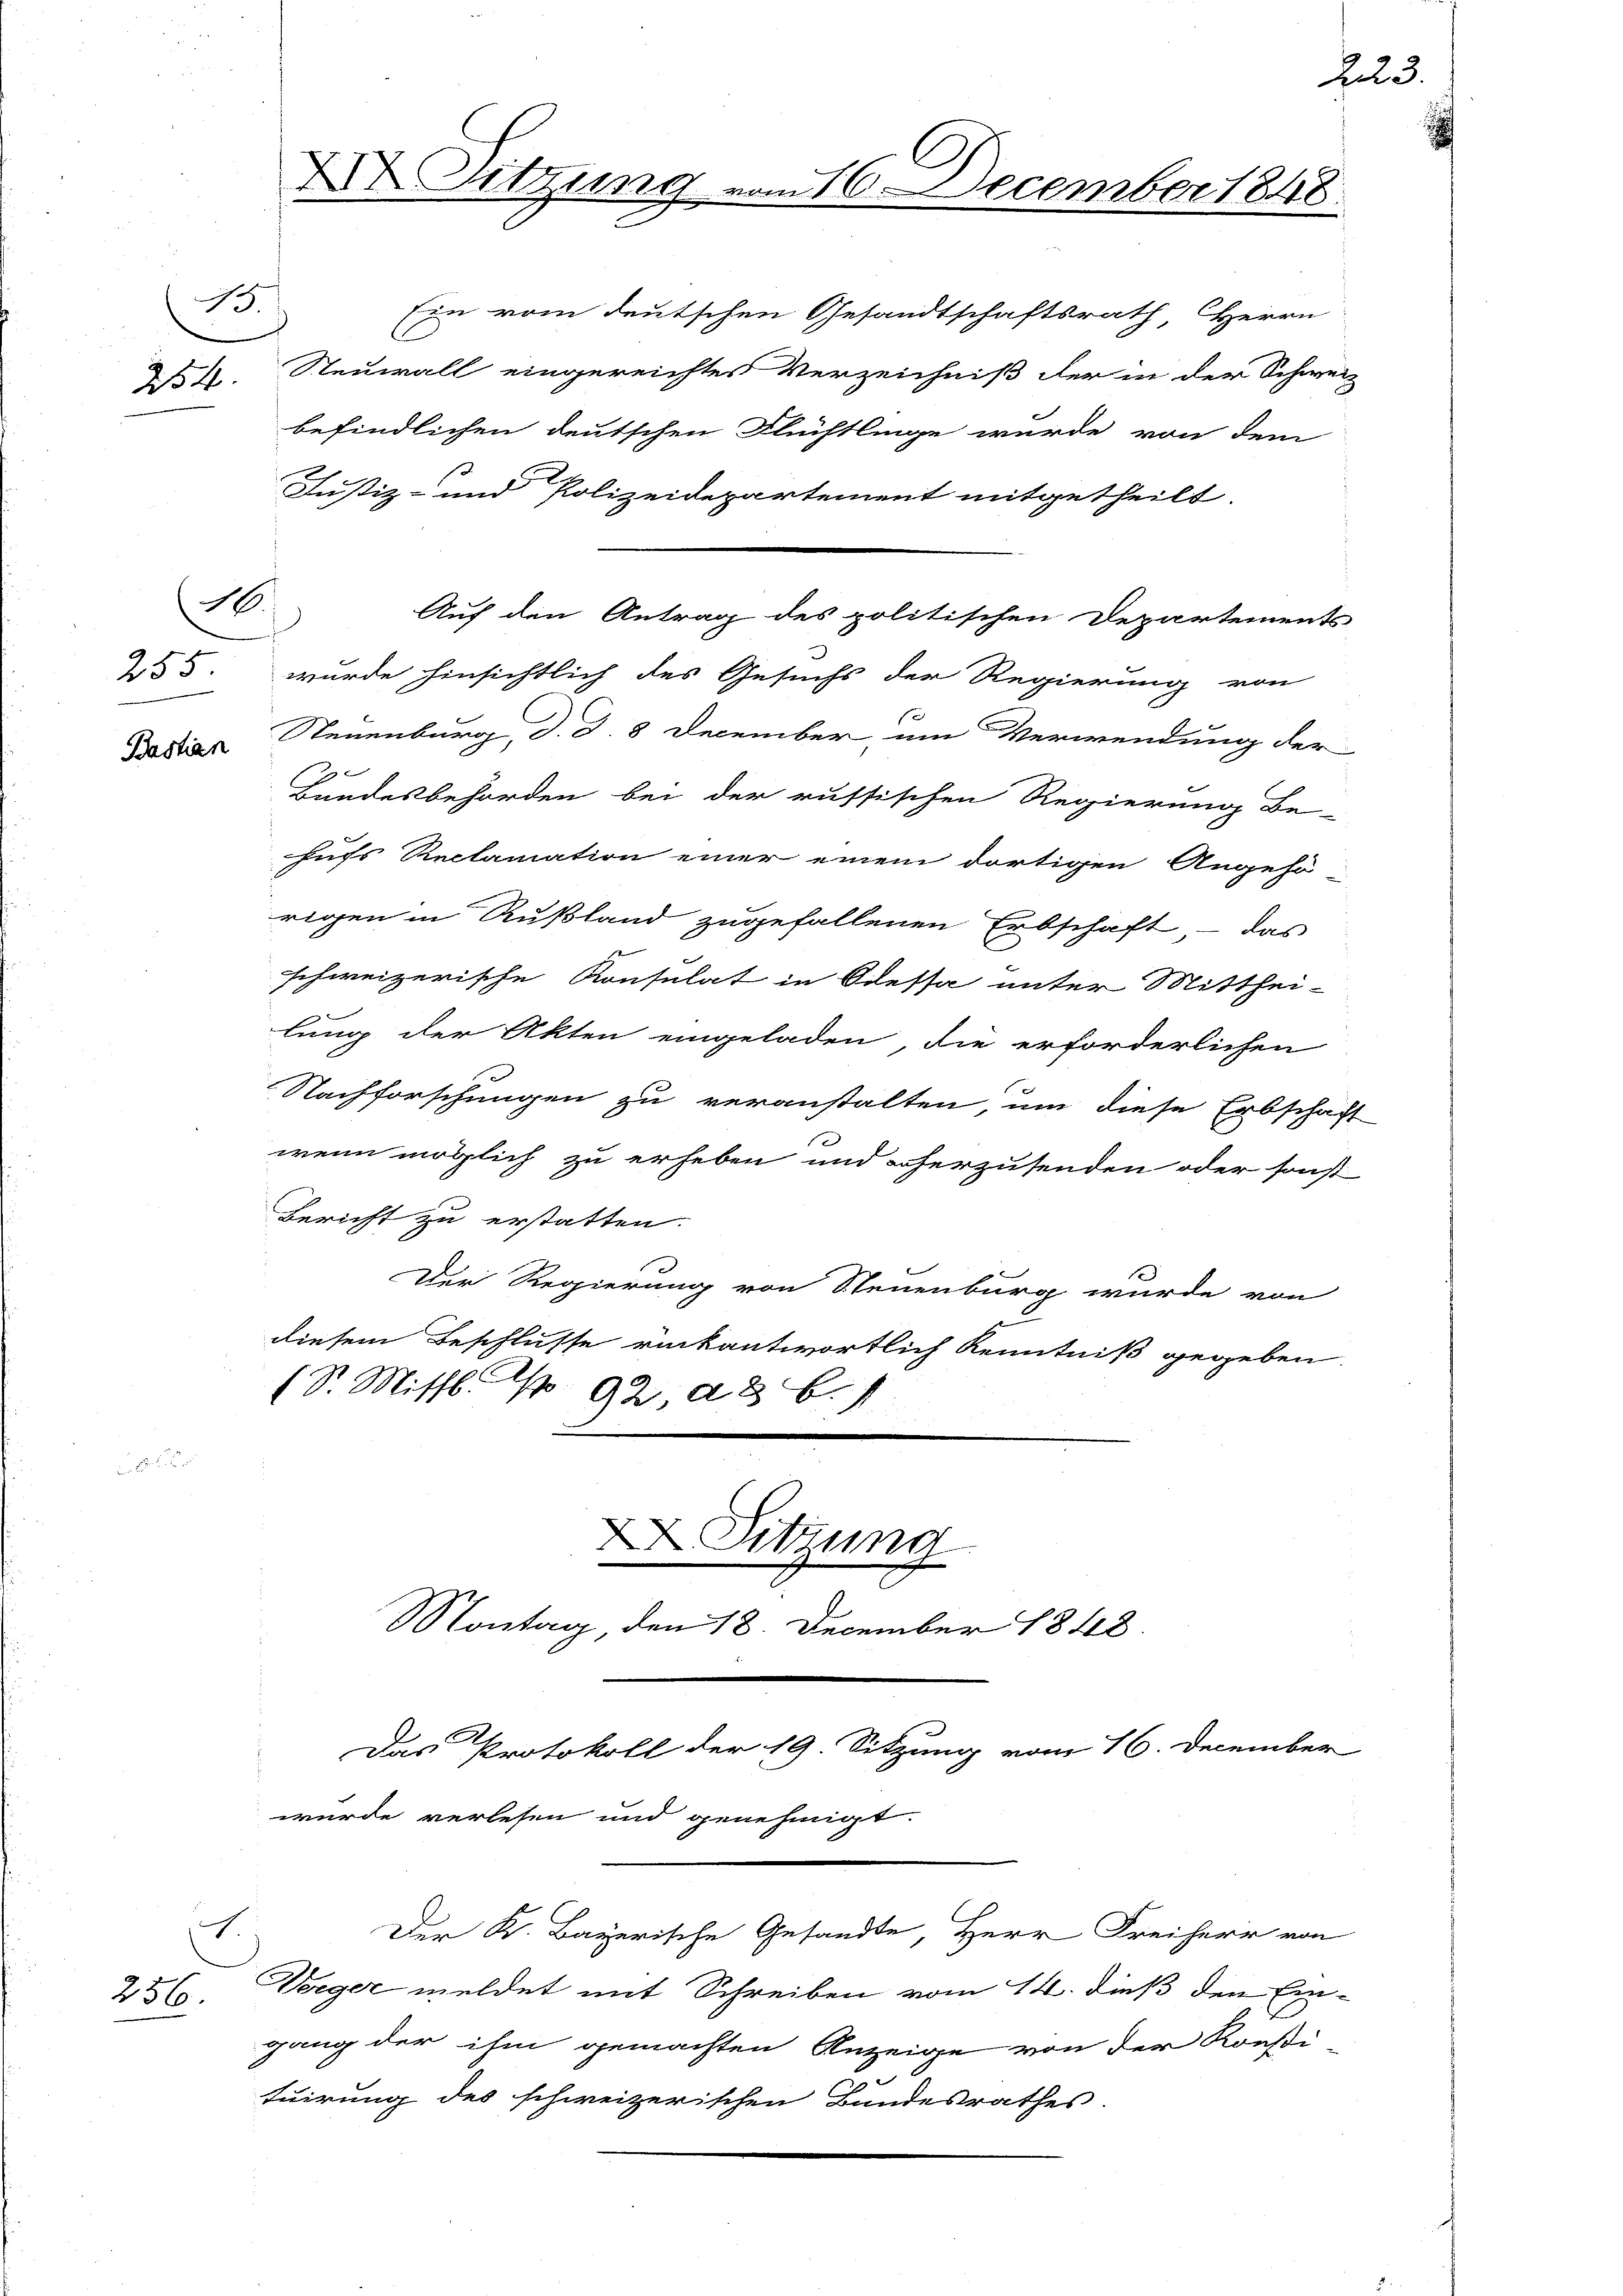
13
2154.

E
256.

10.

255
Bastian

Sitzung vom 16. December 1848.

Ein vom deutschen Gesandtschaftsrath, Herrn
Steuerall eingereichtes Verzeichniß der in der Schweiz
befindlichen deutschen Flüchtlinge wurde von dem
2
Justiz- und Polizeidepartement mitgetheilt.
wurde hinsichtlich des Gesuchs der Regierung von
1
Steuenburg, d. d. 8 December um Verwendung der
2
Bundesbehörden bei der russischen Regierung be-
hufs Reclamation einer einem dortigen Angehö
rigen in Rußland zugefallenen Erbschaft - das
schweizerische Konsulat in Odessa unter Mitthei-
lung der Akten eingeladen, die erforderlichen
Nachforschungen zu veranstalten, um diese Erbschaft
wenn möglich zu erheben und orherzusenden oder sonst
Bericht zu erstatten.
Der Regierung von Steuenburg wurde von
diesem Beschlusse rückantwortlich Kenntniß gegeben.
(S. Mittl. No 92. d. 6. 1

Sitzung
Montag den 18. December 1848.

wurde verlesen und genehmigt.

Auf den Antrag des politischen Departements

Das Protokoll der 19. Sitzung vom 16. December
Der K. Bayerische Gesandte, Herr Freiherr von
Verger meldet mit Schreiben vom 14. dieß den Ein¬

gang der ihm gemachten Anzeige von der Konsti
tuirung des schweizerischen Bundesrathes.

Zu3.